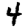
Digit: 4